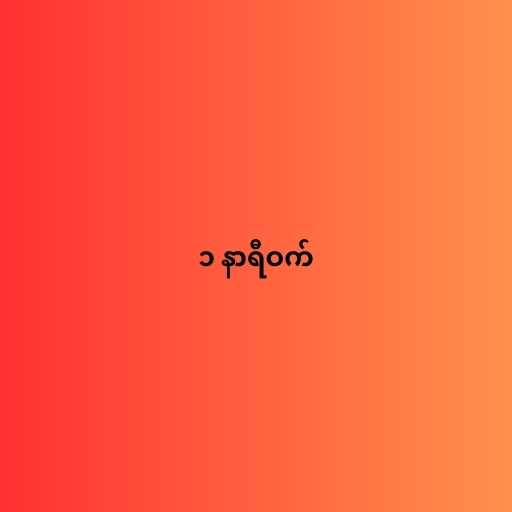
၁ နာရီဝက်